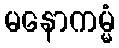
မနောကမ္မံ